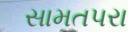
સામતપરા